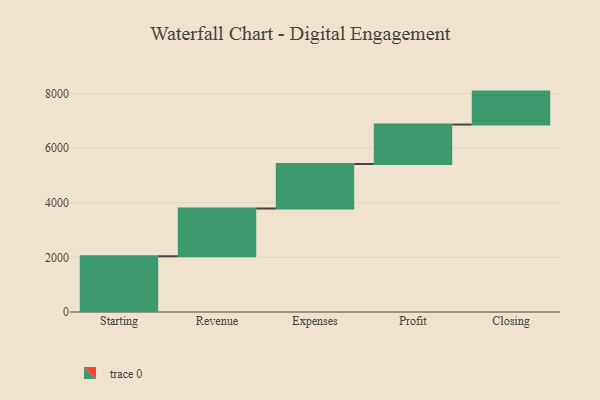
{"axis": {"x": "Step", "y": "Value"}, "legend": [""], "data": [{"x": "Starting", "y": 2042.0, "type": ""}, {"x": "Revenue", "y": 1747.0, "type": ""}, {"x": "Expenses", "y": 1630.0, "type": ""}, {"x": "Profit", "y": 1445.0, "type": ""}, {"x": "Closing", "y": 1206.0, "type": ""}]}